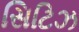
સિટિઝ